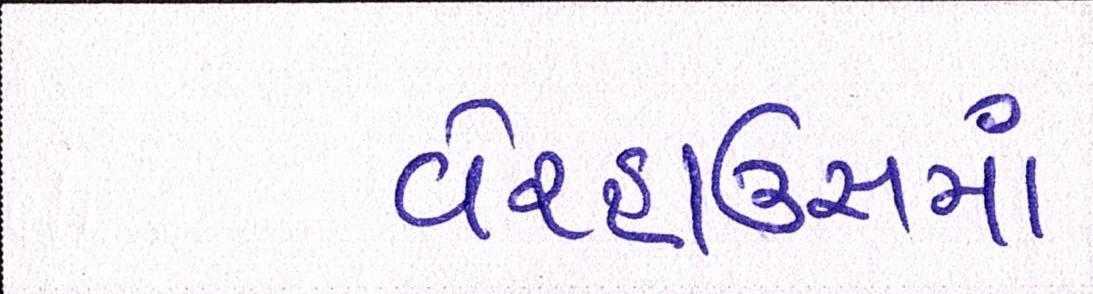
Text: વેરહાઉસમાં